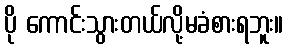
ပို ကောင်းသွားတယ်လို့မခံစားရဘူး။